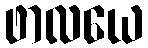
ဖာလယေ